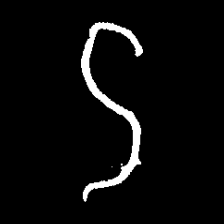
Pyu character \u2014 Myanmar letter: ဌ (romanized: ttha)